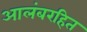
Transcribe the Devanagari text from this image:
आलंबरहित